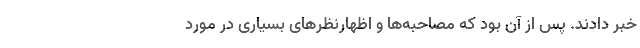
خبر دادند. پس از آن بود که مصاحبه‌ها و اظهارنظرهای بسیاری در مورد